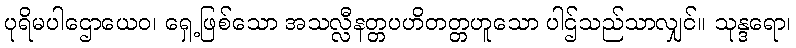
ပုရိမပါဌောယေဝ၊ ရှေ့ဖြစ်သော အသလ္လီနတ္တပဟိတတ္တဟူသော ပါဌ်သည်သာလျှင်။ သုန္ဒရော၊